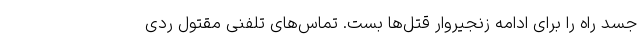
جسد راه را برای ادامه زنجیروار قتل‌ها بست. تماس‌های تلفنی مقتول ردی